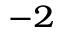
^ { - 2 }